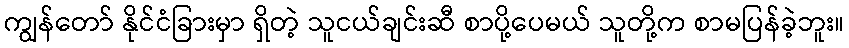
ကျွန်တော် နိုင်ငံခြားမှာ ရှိတဲ့ သူငယ်ချင်းဆီ စာပို့ပေမယ် သူတို့က စာမပြန်ခဲ့ဘူး။